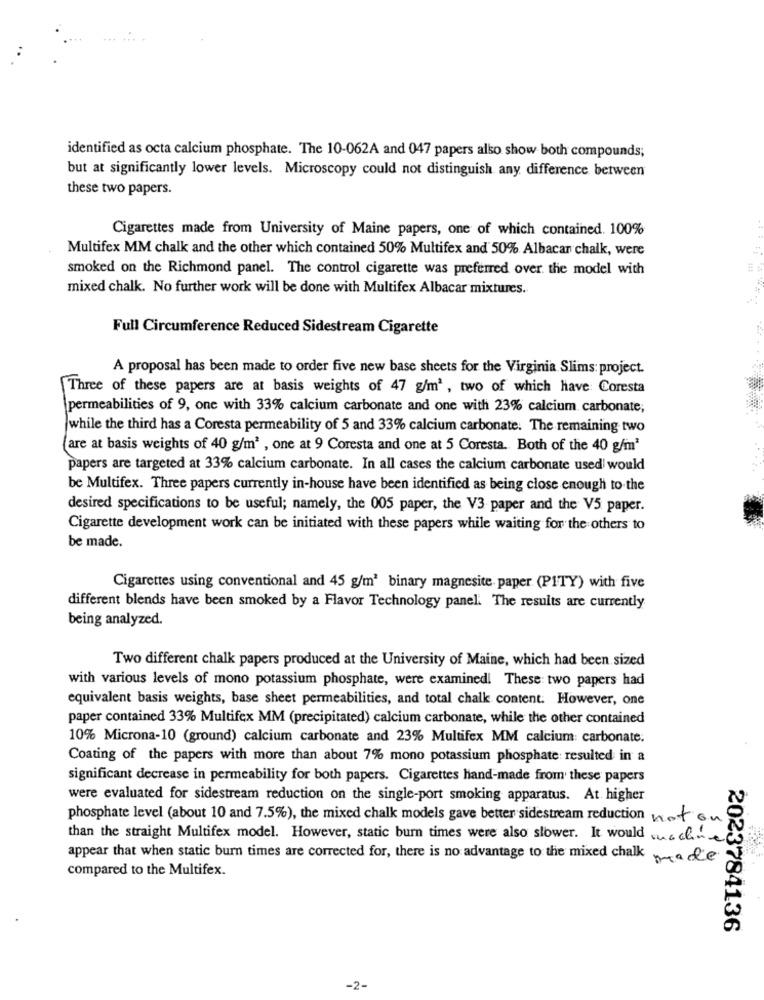
identified as octa calcium phosphate. The 10-062A and 047 papers also show both compounds;
but at significantly lower levels. Microscopy could not distinguish any difference between
these two papers.
Cigarettes made from University of Maine papers, one of which contained. 100%
Multifex MM chalk and the other which contained 50% Multifex and 50% Albacar chalk, were
smoked on the Richmond panel. The control cigarette was preferred over the model with
mixed chalk. No further work will be done with Multifex Albacar mixtures.
Full Circumference Reduced Sidestream Cigarette
A proposal has been made to order five new base sheets for the Virginia Slims: project.
Three of these papers are at basis weights of 47 g/m2, two of which have Coresta
permeabilities of 9, one with 33% calcium carbonate and one with 23% calcium carbonate;
while the third has a Coresta permeability of 5 and 33% calcium carbonate: The remaining two
are at basis weights of 40 g/m2 , one at 9 Coresta and one at 5 Coresta. Both of the 40 g/m'
papers are targeted at 33% calcium carbonate. In all cases the calcium carbonate used would
be Multifex. Three papers currently in-house have been identified as being close enough to the
desired specifications to be useful; namely, the 005 paper, the V3 paper and the V5 paper.
Cigarette development work can be initiated with these papers while waiting for the others to
be made.
Cigarettes using conventional and 45 g/m2 binary magnesite paper (PITY) with five
different blends have been smoked by a Flavor Technology panel. The results are currently
being analyzed.
Two different chalk papers produced at the University of Maine, which had been sized
with various levels of mono potassium phosphate, were examined! These two papers had
equivalent basis weights, base sheet permeabilities, and total chalk content. However, one
paper contained 33% Multifex MM (precipitated) calcium carbonate, while the other contained
10% Microna-10 (ground) calcium carbonate and 23% Multifex MM calcium carbonate.
Coating of the papers with more than about 7% mono potassium phosphate resulted in a
significant decrease in permeability for both papers. Cigarettes hand-made from these papers
were evaluated for sidestream reduction on the single-port smoking apparatus. At higher
phosphate level (about 10 and 7.5%), the mixed chalk models gave better sidestream reduction not on
than the straight Multifex model. However, static burn times were also slower. It would che
appear that when static burn times are corrected for, there is no advantage to the mixed chalkde
compared to the Multifex.
2023784136
-2-